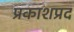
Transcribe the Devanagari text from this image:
प्रकाशप्रद